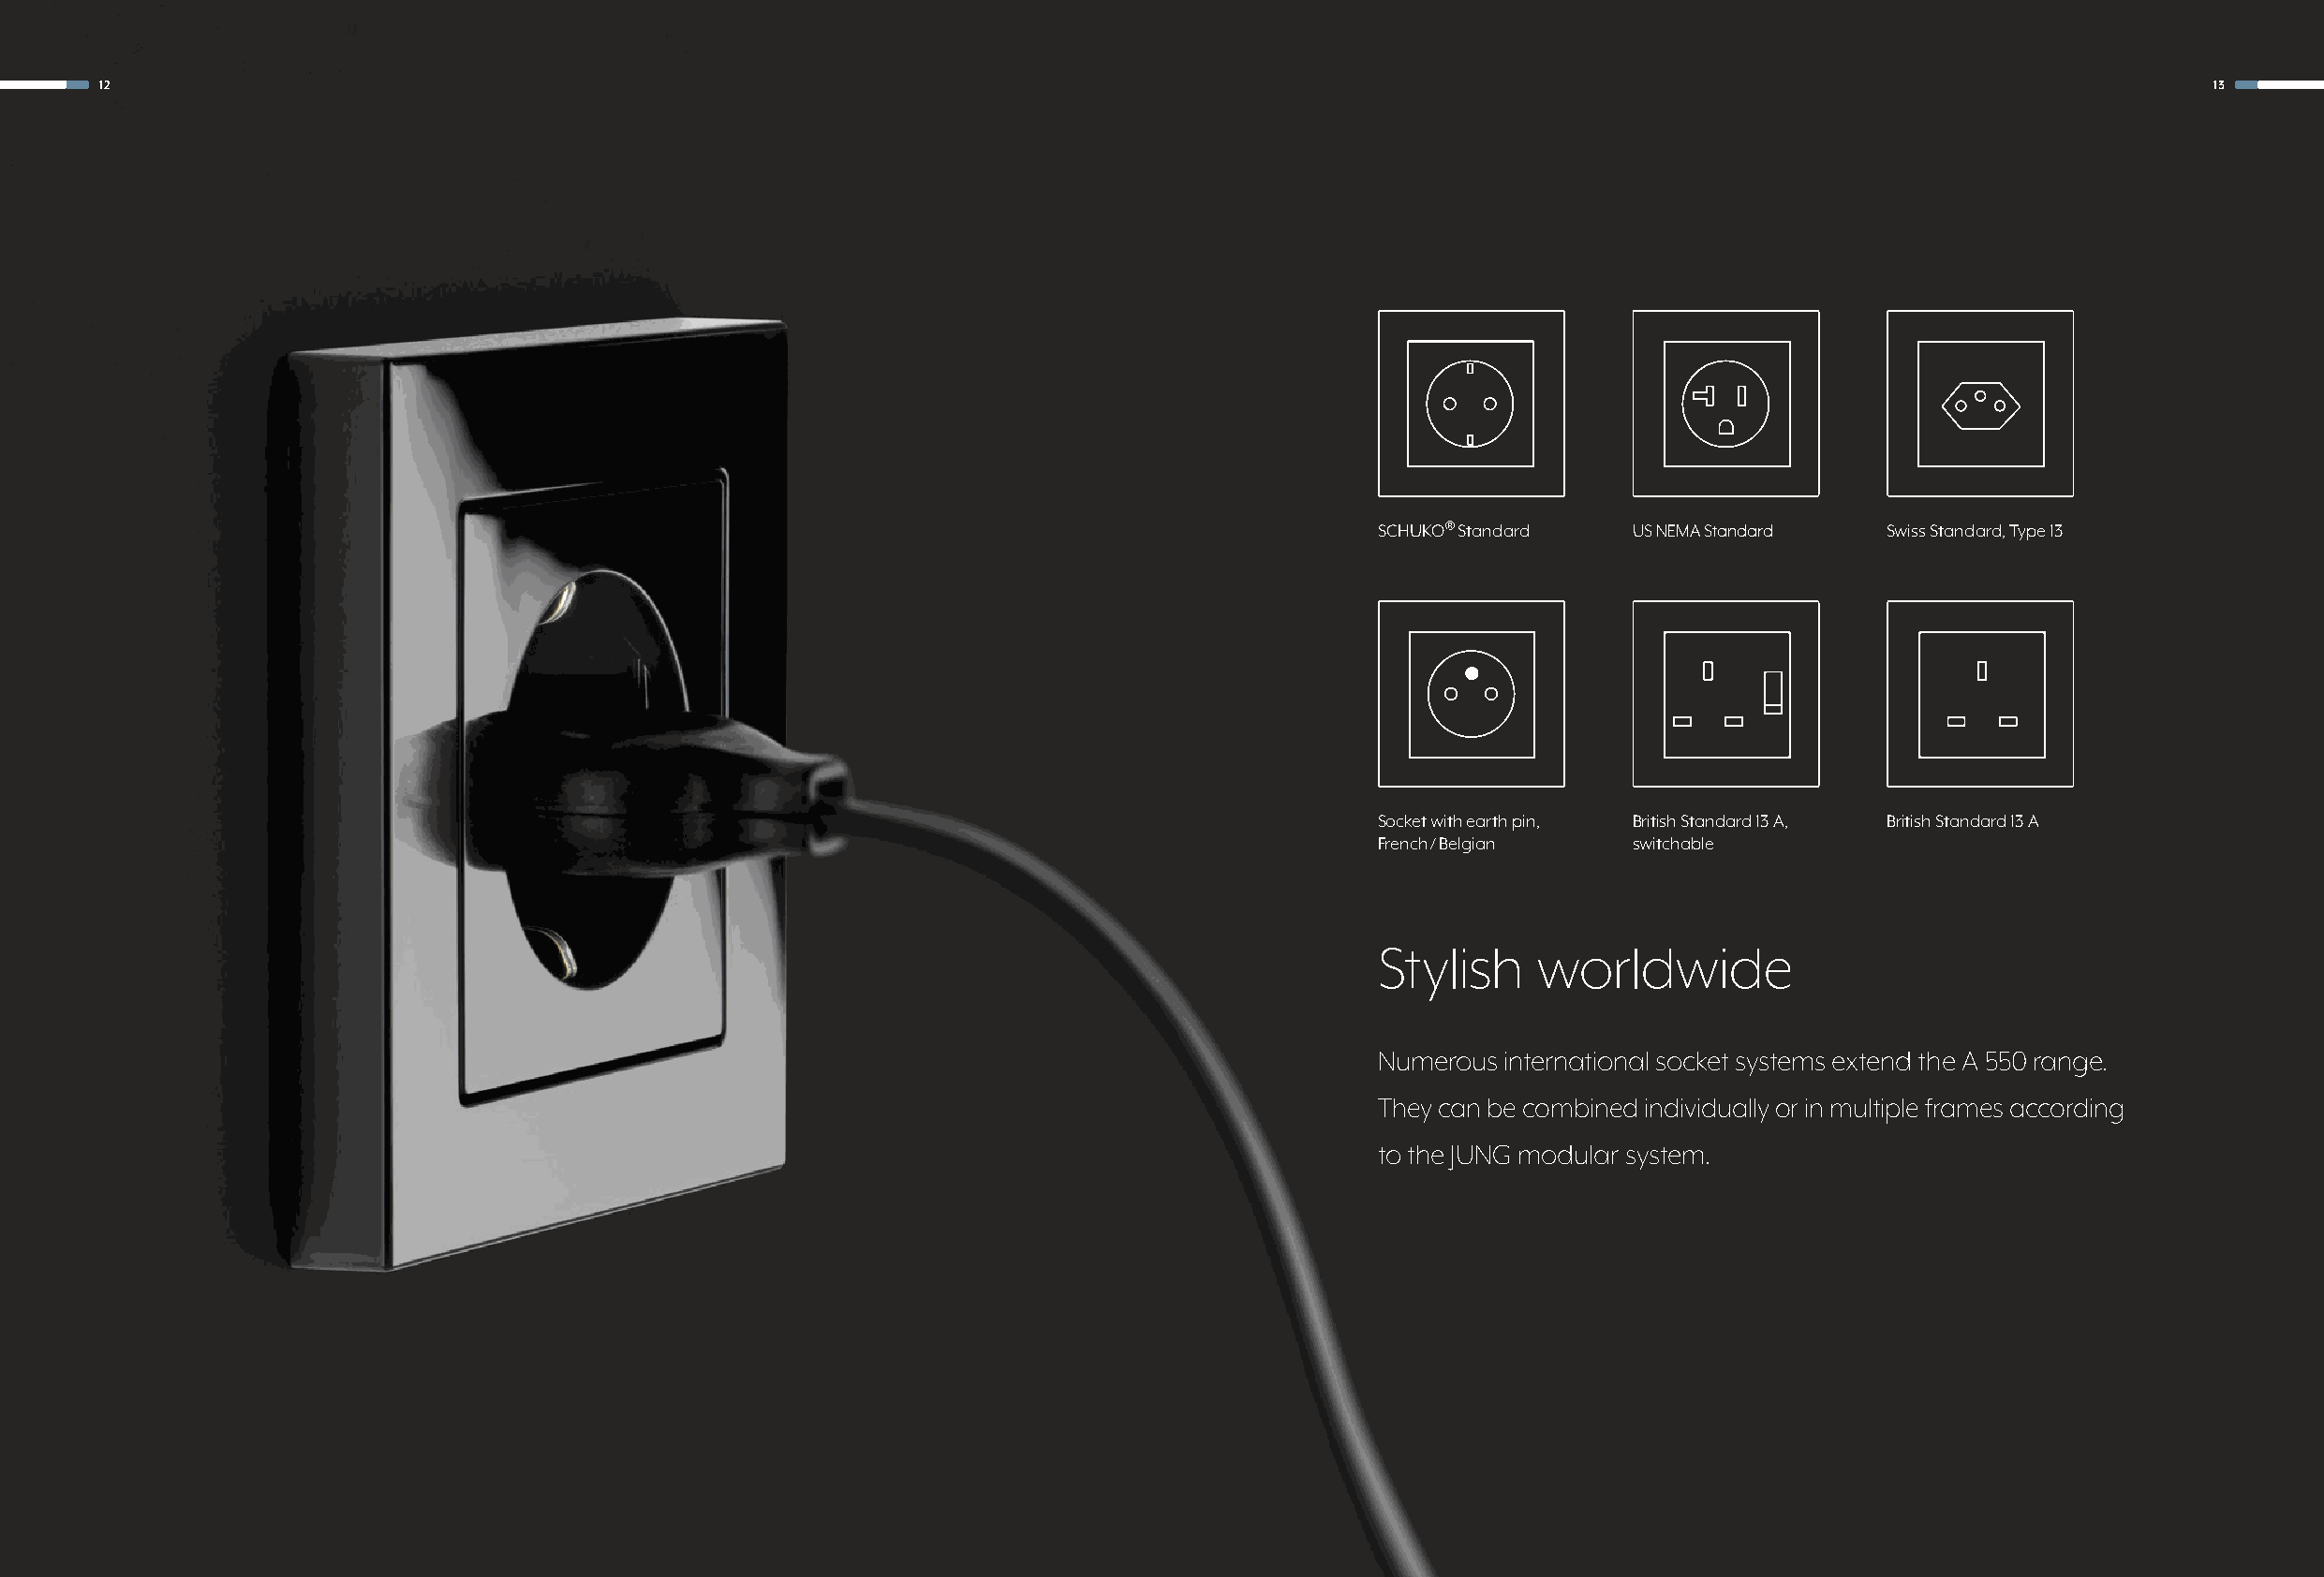
12                                                                                                                                                   13
 SCHUKO® Standard  US NEMA Standard  Swiss Standard, Type 13
 Socket with earth pin, British Standard 13 A, British Standard 13 A
 French / Belgian  switchable
 Stylish     worldwide
 Numerous international socket systems extend the A 550 range.
 They can be combined individually or in multiple frames according
 to the JUNG modular system.